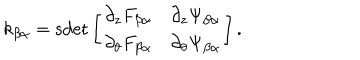
k _ { \beta \alpha } = \mathrm { s d e t } \left[ \begin{array} { c c } { { \partial _ { z } F _ { \beta \alpha } } } & { { \partial _ { z } \Psi _ { \beta \alpha } } } \\ { { \partial _ { \theta } F _ { \beta \alpha } } } & { { \partial _ { \theta } \Psi _ { \beta \alpha } } } \\ \end{array} \right] .